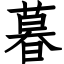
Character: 暮